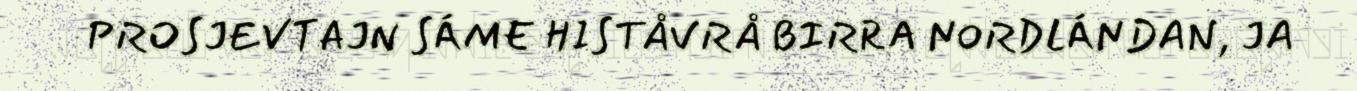
PROSJEVTAJN SÁME HISTÅVRÅ BIRRA NORDLÁNDAN, JA